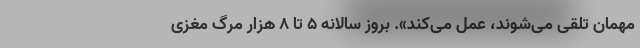
مهمان تلقی می‌شوند، عمل می‌کند». بروز سالانه ۵ تا ۸ هزار مرگ مغزی